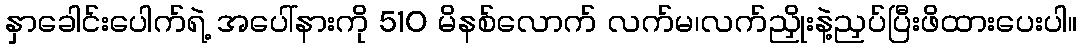
နှာခေါင်းပေါက်ရဲ့ အပေါ်နားကို 510 မိနစ်လောက် လက်မ၊လက်ညှိုးနဲ့ညှပ်ပြီးဖိထားပေးပါ။